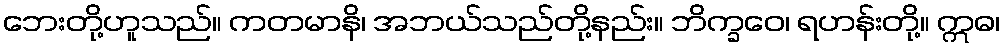
ဘေးတို့ဟူသည်။ ကတမာနိ၊ အဘယ်သည်တို့နည်း။ ဘိက္ခဝေ၊ ရဟန်းတို့။ ဣဓ၊